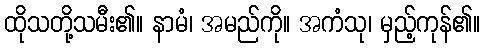
ထိုသတို့သမီး၏။ နာမံ၊ အမည်ကို။ အကံသု၊ မှည့်ကုန်၏။